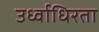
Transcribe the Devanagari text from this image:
उर्ध्वाधिरता